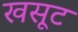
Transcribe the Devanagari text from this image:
खसूट